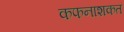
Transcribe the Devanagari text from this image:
कफनाशकत